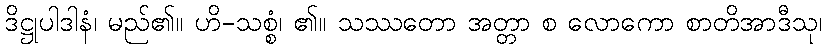
ဒိဋ္ဌုပါဒါနံ၊ မည်၏။ ဟိ-သစ္စံ၊ ၏။ သဿတော အတ္တာ စ လောကော စာတိအာဒီသု၊